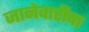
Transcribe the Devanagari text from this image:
जानेवारीचा